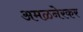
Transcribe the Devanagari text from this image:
अमळनेरकर